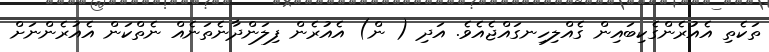
ތަކެތި އެއުރެންގެކިބައިން ގެއްލިހިނގައްޖެއެވެ. އަދި ( ން) އެއުރެން ފިލަންދާނެތަނެއް ނެތްކަން އެއުރެންނަށް